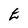
Character: E